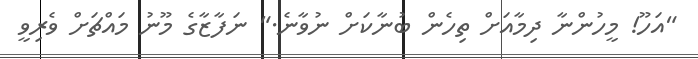
"އަހޫ! މީހުންނާ ދިމާއަށް ތިހެން ބުނާކަށް ނުވާނެ." ނަފާޒާގެ މޫނު މައްޗަށް ވެރިވީ